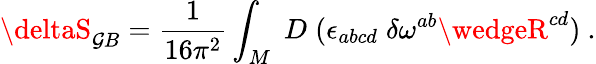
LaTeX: \deltaS_{\mathcal{G}B}={\frac{{1}}{{16\pi^{2}}}}\int_{M}\; D\; (\epsilon_{abcd}\; \delta\omega^{ab}\wedgeR^{cd})\ .